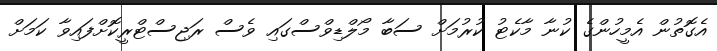
އެގޮތުން އެމީހުންގެ ކުނާ މާކެޓު ކުރުމަށް ސަބާ މޯލްޑިވްސްގައި ވެސް ރަޖިސްޓްރީކޮށްފައިވާ ކަމަށް